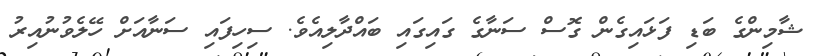
ޝާމިންގެ ބަޑި ފަޅައިގެން ގޮސް ސަނާގެ ގައިގައި ބައްދާލިއެވެ. ސިހިފައި ސަނާއަށް ހޭލެވުނުއިރު